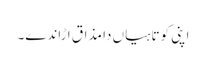
اپنی کوتاہیاں دا مذاق ا ڑاندے۔